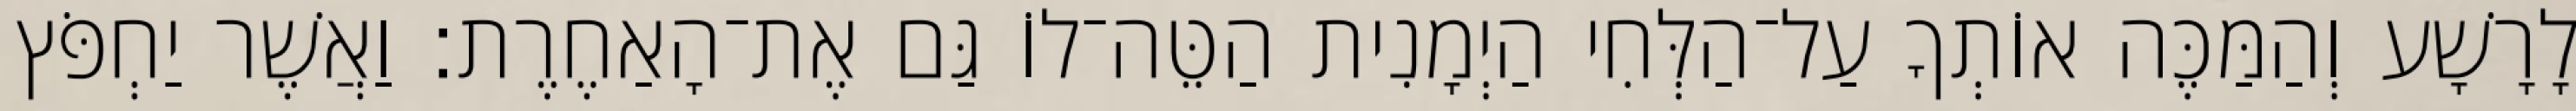
לָרָשָׁע וְהַמַּכֶּה אוֹתְךָ עַל־הַלְּחִי הַיְמָנִית הַטֵּה־לוֹ גַּם אֶת־הָאַחֶרֶת׃ וַאֲשֶׁר יַחְפֹּץ